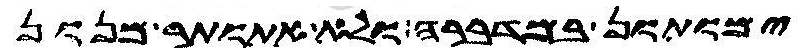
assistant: ימותון במדברה ולא אתותר מנון